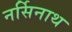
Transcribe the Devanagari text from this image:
नर्सिनाथ